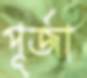
পূর্জা